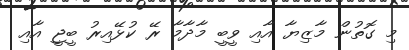
މި ގޮތުން މާޒިޔާ އާއި ވީބީ މާދާމާ ރޭ ކުޅޭއިރު ބީޖީ އާއި